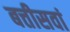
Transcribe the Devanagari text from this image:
बत्तीसवां